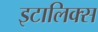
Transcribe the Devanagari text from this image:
इटालिक्स